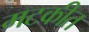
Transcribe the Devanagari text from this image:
मटकीत